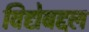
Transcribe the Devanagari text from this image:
विद्येबद्दल